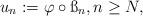
LaTeX: \begin{align*}u_n:=\varphi\circ \ss_n, n\geq N,\end{align*}